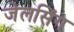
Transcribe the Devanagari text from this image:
जेलसिंग